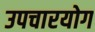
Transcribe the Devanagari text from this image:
उपचारयोग